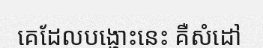
គេដែលបង្ហោះនេះ គឺសំដៅ